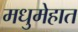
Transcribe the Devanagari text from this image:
मधुमेहात